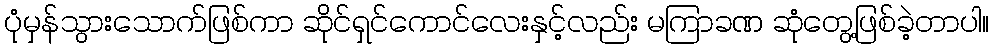
ပုံမှန်သွားသောက်ဖြစ်ကာ ဆိုင်ရှင်ကောင်လေးနှင့်လည်း မကြာခဏ ဆုံတွေ့ဖြစ်ခဲ့တာပါ။